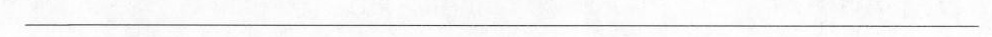
___